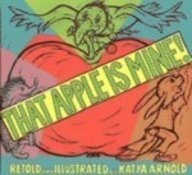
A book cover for That Apple is Mine!; Katya Arnold; Children's Books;